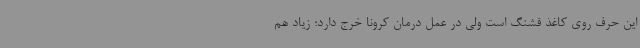
این حرف روی کاغذ قشنگ است ولی در عمل درمان کرونا خرج دارد؛ زیاد هم